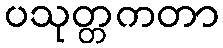
ပသုတ္တကတာ